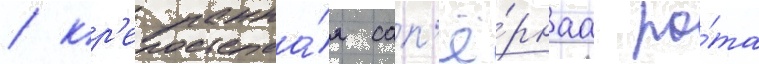
/ кр'епостна́я сап'ё́рнаа ро́та